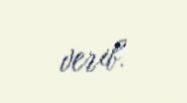
verib.